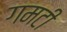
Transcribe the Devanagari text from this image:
गमटी